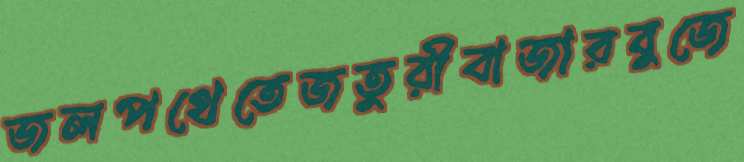
জলপথেতেজতুরীবাজারবুজে